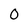
Character: 0